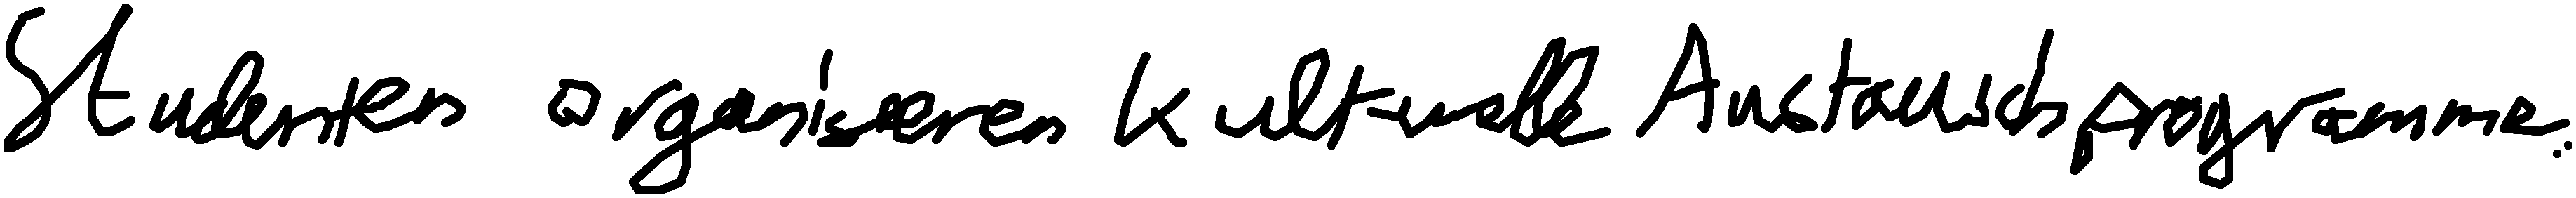
Studenten organisieren kulturelle Austauschprogramme.